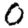
Digit: 0